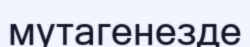
мутагенезде